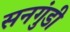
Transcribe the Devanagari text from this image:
सनगुंडी